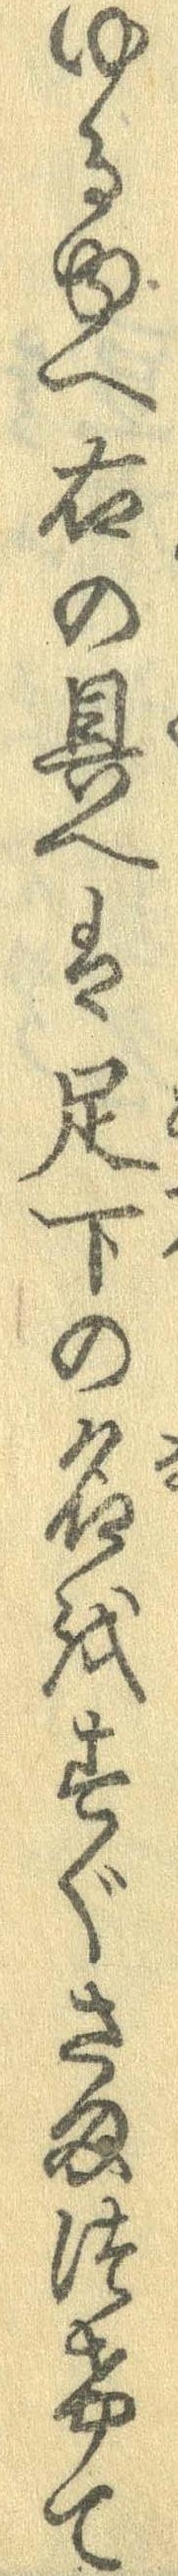
ゆるゆへ右の具へは足下の名をすぐさまつけて